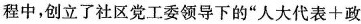
程中，创立了社区党工委领导下的“人大代表+政